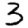
Digit: 3